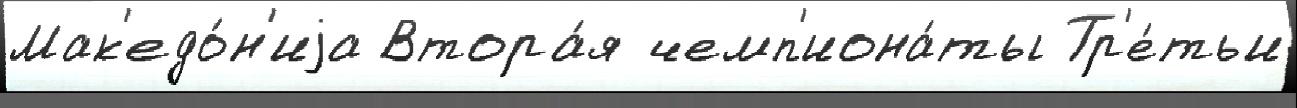
Мак'едо́н'иjа Втора́я чемп'иона́ты Тр'е́тьи